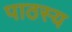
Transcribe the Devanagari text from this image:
पाठस्य